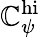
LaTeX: \mathbb{C}_{\psi}^{\mathrm{{hi}}}